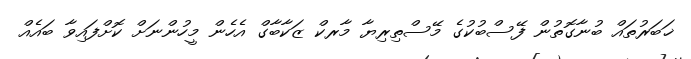
ޚަބަރުތައް ބުނާގޮތުން ފޭސްބުކުގެ މޭސްތިރިޔާ މާރކް ޒަކާބާގް އެހެން މީހުންނަށް ކޮށްފައިވާ ބައެއް